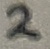
Text: 2